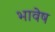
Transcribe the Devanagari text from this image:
भावेष